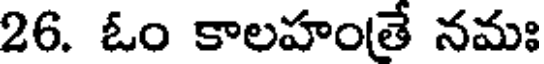
26. ఓం కాలహంతే నమః